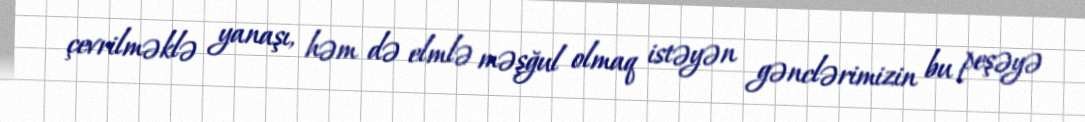
çevrilməklə yanaşı, həm də elmlə məşğul olmaq istəyən gənclərimizin bu peşəyə